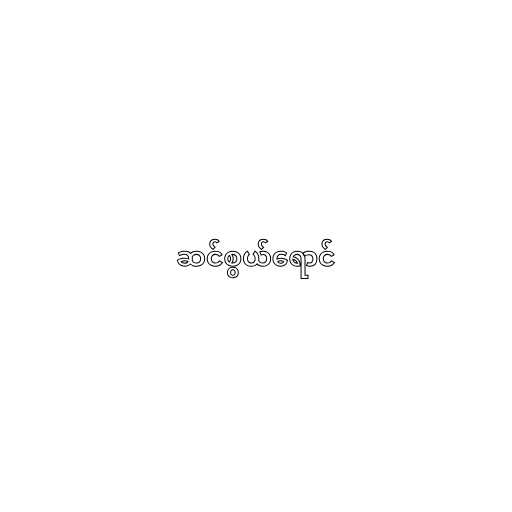
ဆင်စွယ်ရောင်